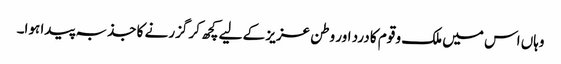
وہاں اس میں ملک و قوم کا درد اور وطن عزیز کے لیے کچھ کر گزرنے کا جذبہ پیدا ہوا۔